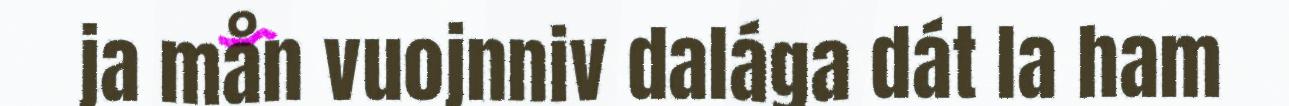
ja mån vuojnniv dalága dát la ham